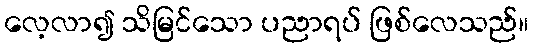
လေ့လာ၍ သိမြင်သော ပညာရပ် ဖြစ်လေသည်။